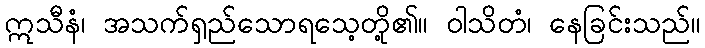
ဣသီနံ၊ အသက်ရှည်သောရသေ့တို့၏။ ဝါသိတံ၊ နေခြင်းသည်။